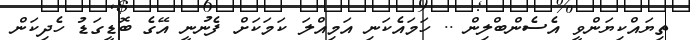
ތިޔައްކިޔަންވީ އެސެންބްލިން .. ހަމައެކަނި އަމިއްލަ ކަމަކަށް ފެނުނީ އޭގެ ބޮޑީގަޑު ހެދިކަން